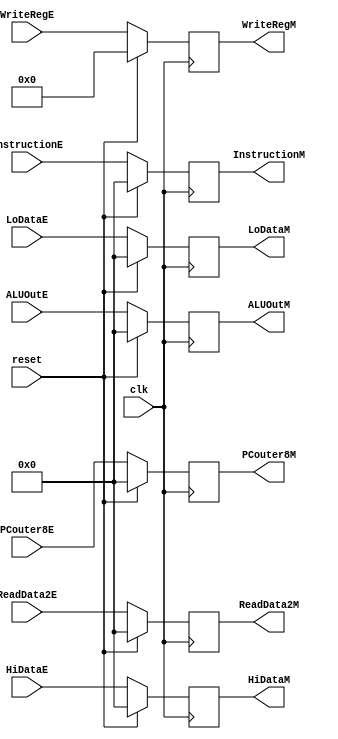
`timescale 1ns / 1ps
//////////////////////////////////////////////////////////////////////////////////
// Company: 
// 
// Design Name: 
// Module Name:    PipeRegEM 
// Project Name: 
// Target Devices: 
// Tool versions: 
// Description: 
//
// Dependencies: 
//
// Revision: 
// Revision 0.01 - File Created
// Additional Comments: 
//
//////////////////////////////////////////////////////////////////////////////////
module PipeRegEM(
	input clk,
	input reset,
	input [4:0] WriteRegE,
	input [31:0] InstructionE,
	input [31:0] PCouter8E,
	input [31:0] ReadData2E,
	input [31:0] ALUOutE,
	input [31:0] HiDataE,
	input [31:0] LoDataE,
	
	output reg [4:0] WriteRegM,
	output reg [31:0] InstructionM,
	output reg [31:0] PCouter8M,
	output reg [31:0] ReadData2M,
	output reg [31:0] ALUOutM,
	output reg [31:0] HiDataM,
	output reg [31:0] LoDataM
    );

	always@(posedge clk) begin
		if(reset) begin
			WriteRegM<=5'b0;
			InstructionM<=32'b0;
			PCouter8M<=32'b0;
			ReadData2M<=32'b0;
			ALUOutM<=32'b0;
			HiDataM<=32'b0;
			LoDataM<=32'b0;
		end
		else begin
			WriteRegM<=WriteRegE;
			InstructionM<=InstructionE;
			PCouter8M<=PCouter8E;
			ReadData2M<=ReadData2E;
			ALUOutM<=ALUOutE;
			HiDataM<=HiDataE;
			LoDataM<=LoDataE;
		end
	end


endmodule